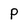
Character: P